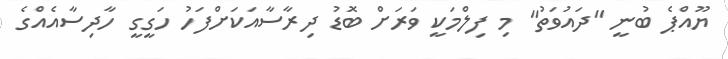
ޔޫއްޕެ ބުނީ "ދައުވަތު" މި ފިލްމަކީ ވަރަށް ބޮޑު ދިރާސާއަކަށްފަހު ހަގީގީ ހާދިސާއެއްގެ